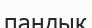
паңдық